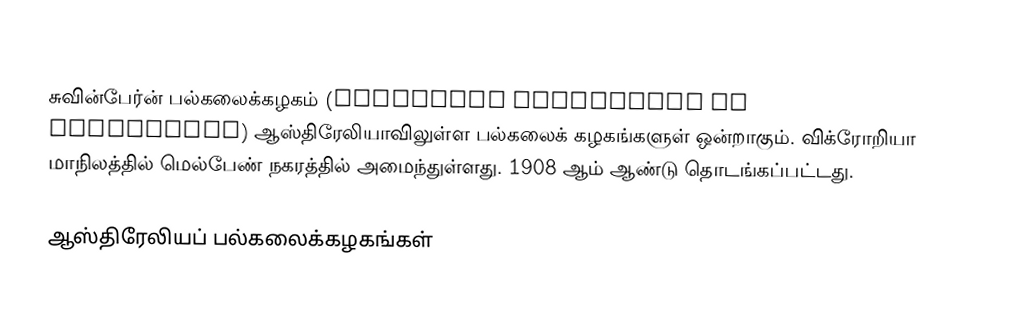
சுவின்பேர்ன் பல்கலைக்கழகம் (Swinburne University of Technology) ஆஸ்திரேலியாவிலுள்ள பல்கலைக் கழகங்களுள் ஒன்றாகும். விக்ரோறியா மாநிலத்தில் மெல்பேண் நகரத்தில் அமைந்துள்ளது. 1908 ஆம் ஆண்டு தொடங்கப்பட்டது.

ஆஸ்திரேலியப் பல்கலைக்கழகங்கள்